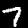
Digit: 7